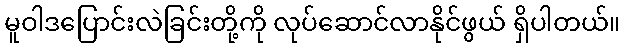
မူဝါဒပြောင်းလဲခြင်းတို့ကို လုပ်ဆောင်လာနိုင်ဖွယ် ရှိပါတယ်။